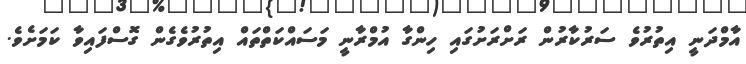
އާމްދަނީ އިތުރުވެ ސަރުކާރުން ރަށްރަށުގައި ހިންގާ އުމްރާނީ މަސައްކަތްތައް އިތުރުވެގެން ގޮސްފައިވާ ކަމަށެވެ.